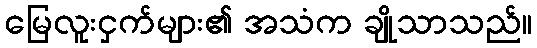
မြေလူးငှက်များ၏ အသံက ချိုသာသည်။